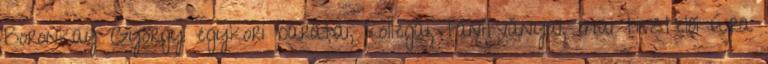
Boronkay György egykori barátai, kollégái, tanítványai, mai tisztelői újra